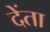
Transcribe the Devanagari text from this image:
देंता